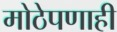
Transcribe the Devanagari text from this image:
मोठेपणाही